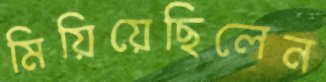
মিয়িয়েছিলেন